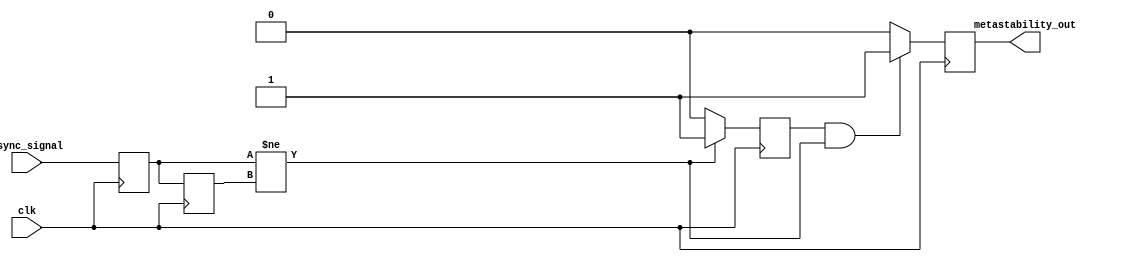
module metastability_detector (
    input wire clk,              // Clock input
    input wire async_signal,     // Asynchronous input signal
    output reg metastability_out  // Metastability indication output
);

    reg ff1, ff2;               // Output of the two D flip-flops
    reg pulse;                  // Pulse signal to indicate state change

    // D Flip-Flops to sample the asynchronous signal
    always @(posedge clk) begin
        ff1 <= async_signal;    // Sample async_signal into ff1
        ff2 <= ff1;             // Sample ff1 into ff2
    end

    // Pulse generation logic
    always @(posedge clk) begin
        if (ff1 != ff2) begin
            pulse <= 1'b1;      // Generate pulse on state change
        end else begin
            pulse <= 1'b0;      // Reset pulse if no change
        end
    end

    // Metastability detection logic
    always @(posedge clk) begin
        if (pulse && (ff1 != ff2)) begin
            metastability_out <= 1'b1; // Indicate metastability detected
        end else begin
            metastability_out <= 1'b0; // No metastability detected
        end
    end

endmodule